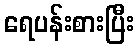
ရေပန်းစားပြီး